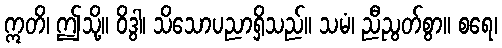
ဣတိ၊ ဤသို့။ ဝိဒွါ၊ သိသောပညာရှိသည်။ သမံ၊ ညီညွတ်စွာ။ စရေ၊